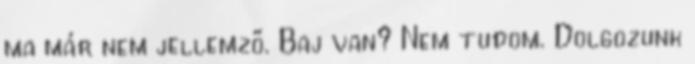
ma már nem jellemző. Baj van? Nem tudom. Dolgozunk